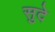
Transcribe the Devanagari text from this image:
सुदे